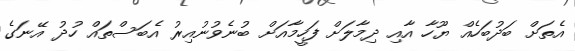
އެތަށް ބަދުބަހެއް ޔޫހާ އާއި ދިމާލަށް ފަހީމާއަށް ބުނެވުނުއިރު އެބަސްތައް ހުދު އޭނަގެ